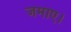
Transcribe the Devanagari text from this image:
जमाए।